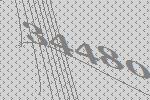
34480